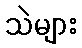
သဲများ